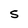
Character: S